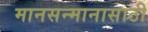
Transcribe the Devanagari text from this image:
मानसन्मानासाठी